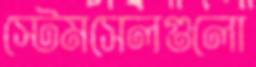
স্টেমসেলগুলো